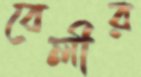
বেলীর